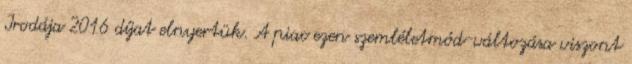
Irodája 2016 díjat elnyertük. A piac ezen szemléletmód-változása viszont